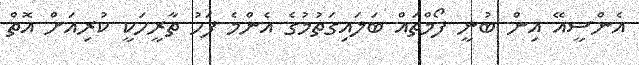
އެންސީއޭ އިން ބުނީ ފޯމްތައް ބަލައިގަތުމުގެ އެންމެ ފަހު ތާރީހަކީ ކުރިއަށް އޮތް